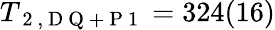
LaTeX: T_{\mathrm{~2~,~D~Q~+~P~1~}}=324(16)